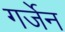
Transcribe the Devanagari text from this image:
गर्जेन